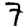
Digit: 7